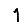
Digit: 1